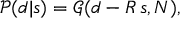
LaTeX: { \mathcal { P } } ( d | s ) = { \mathcal { G } } ( d - R \, s , N ) ,